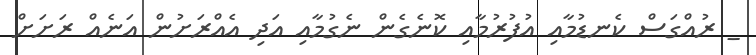
_ ރުއްގަސް ކެނޑުމާއި އުފުރުމާއި ކޮނެގެން ނެގުމާއި އަދި އެއްރަށުން އަނެއް ރަށަށް